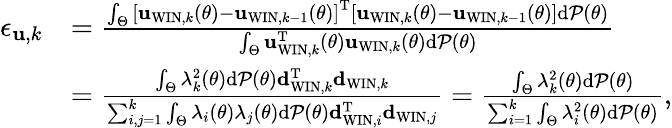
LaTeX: \begin{array}{rl}{{\epsilon_{{\mathbf u},k}}}&{=\frac{\int_{\Theta}\left[{{{\mathbf{u}}_{\mathrm{WIN},k}}\left({\theta}\right)-{{\mathbf{u}}_{\mathrm{WIN},k-1}}\left({\theta}\right)}\right]^{\mathrm{T}}\left[{{{\mathbf{u}}_{\mathrm{WIN},k}}\left({\theta}\right)-{{\mathbf{u}}_{\mathrm{WIN},k-1}}\left({\theta}\right)}\right]\mathrm{d}{\cal P}\left(\theta\right)}{\int_{\Theta}{{\mathbf{u}}_{\mathrm{WIN},k}^{\mathrm{T}}}\left({\theta}\right){{\mathbf{u}}_{\mathrm{WIN},k}}\left({\theta}\right)\mathrm{d}{\cal P}\left(\theta\right)}}\\ &{=\frac{\int_{\Theta}\lambda_{k}^{2}\left(\theta\right)\mathrm{d}{\cal P}\left(\theta\right){\mathbf d}_{\mathrm{WIN},k}^{\mathrm{T}}{\mathbf d}_{\mathrm{WIN},k}}{\sum_{i,j=1}^{k}\int_{\Theta}\lambda_{i}\left(\theta\right)\lambda_{j}\left(\theta\right)\mathrm{d}{\cal P}\left(\theta\right){\mathbf d}_{\mathrm{WIN},i}^{\mathrm{T}}{\mathbf d}_{\mathrm{WIN},j}}=\frac{\int_{\Theta}\lambda_{k}^{2}\left(\theta\right)\mathrm{d}{\cal P}\left(\theta\right)}{\sum_{i=1}^{k}\int_{\Theta}\lambda_{i}^{2}\left(\theta\right)\mathrm{d}{\cal P}\left(\theta\right)},}\end{array}